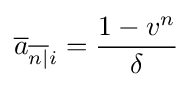
{\overline {a}}_{{\overline {n|}}i}={\frac {1-v^{n}}{\delta }}